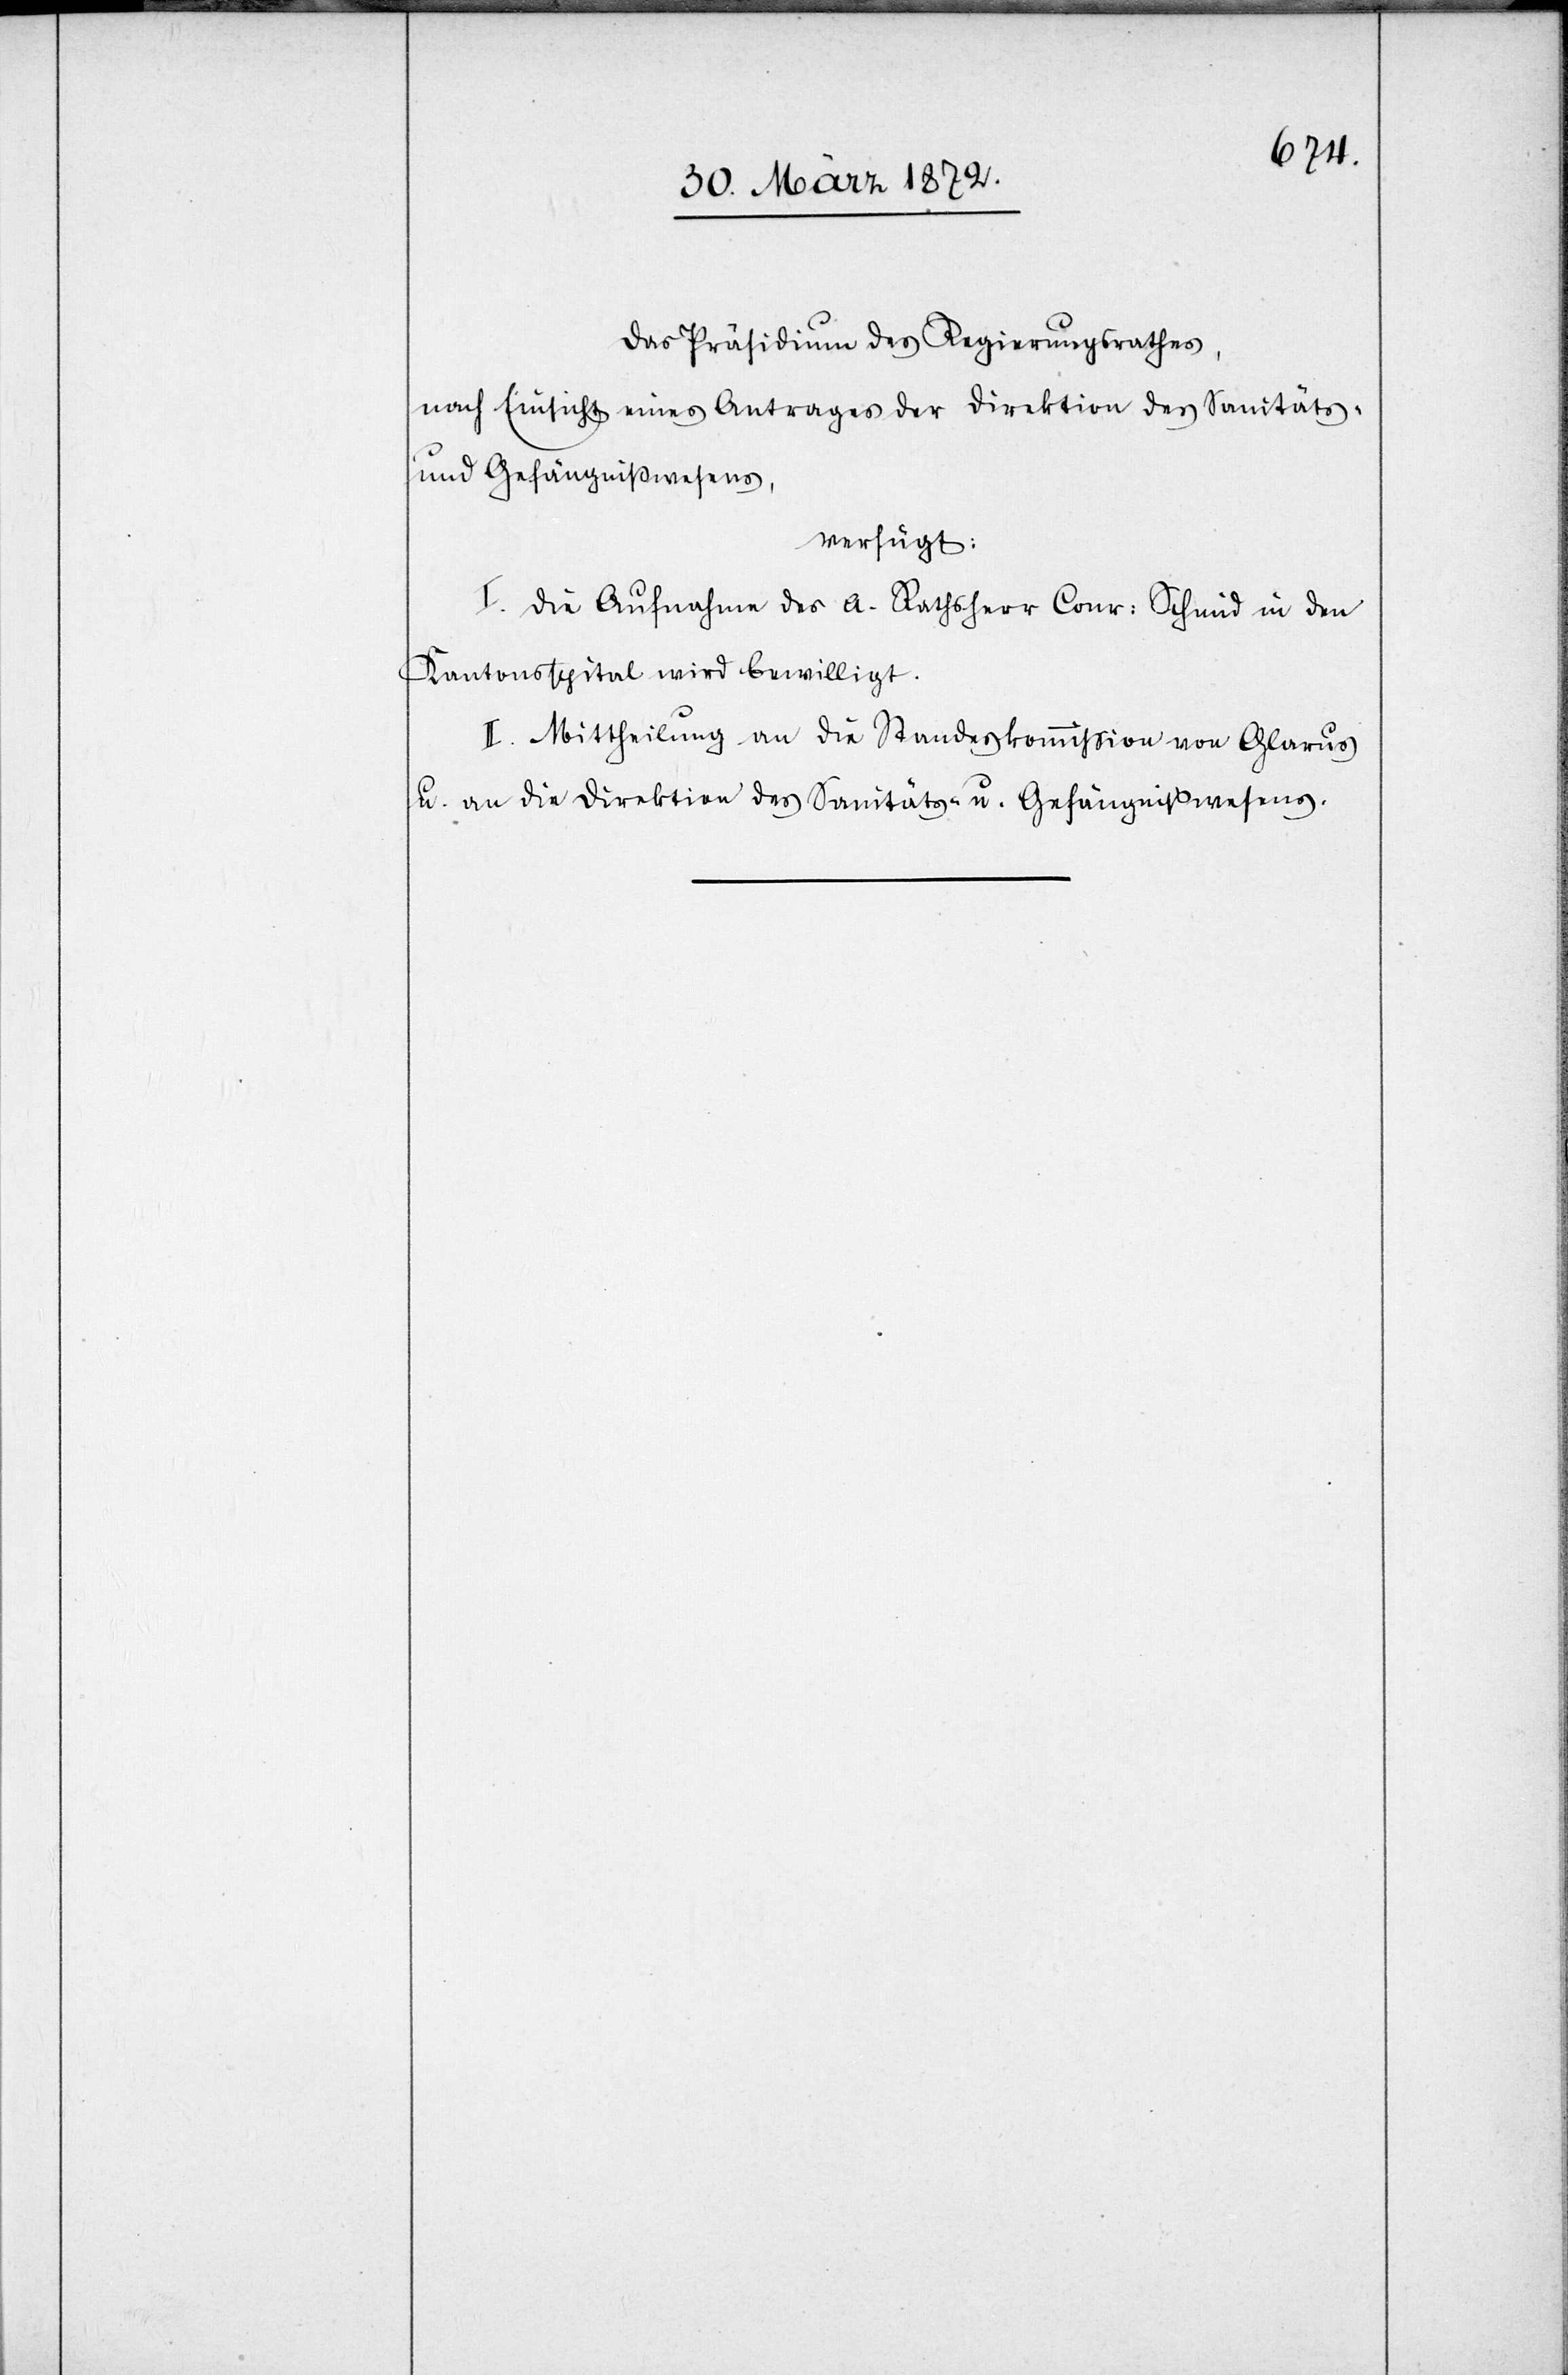
Das Präsidium des Regierungsrathes,
nach Einsicht eines Antrages der Direktion des Sanitäts-
u. Gefängnißwesens,
verfügt:
I. Die Aufnahme des a. Rathsherr Conr: Schmid in den
Kantonsspital wird bewilligt.
II. Mittheilung an die Standeskommission von Glarus
u. an die Direktion des Sanitäts- u. Gefängnißwesens.